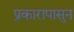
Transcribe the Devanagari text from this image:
प्रकारापासुन